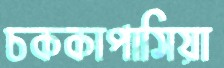
চককাপাসিয়া